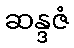
ဆန္ဒဇံ